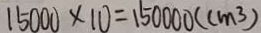
1 5 0 0 0 \times 1 0 = 1 5 0 0 0 0 ( c m ^ { 3 } )